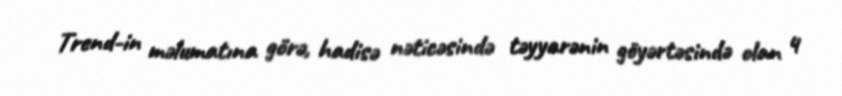
Trend-in məlumatına görə, hadisə nəticəsində təyyarənin göyərtəsində olan 4